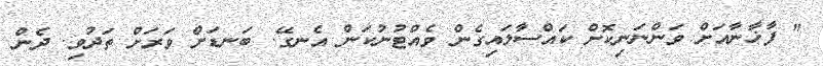
" ފާޚާނާއަށް ވަންނަނިކޮށް ކައްސާލައިގެން ވެއްޓުނުކަން އެނގޭ. ބަނޑަށް ވަރަށް ތަދުވި. ދެން